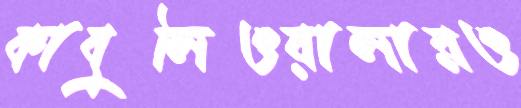
কাবুলিওয়ালারও